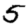
Digit: 5